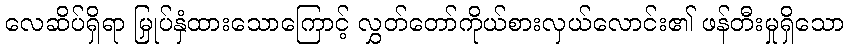
လေဆိပ်ရှိရာ မြှုပ်နှံထားသောကြောင့် လွှတ်တော်ကိုယ်စားလှယ်လောင်း၏ ဖန်တီးမှုရှိသော